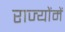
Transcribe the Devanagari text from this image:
राज्योंमें